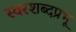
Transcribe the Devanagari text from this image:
स्वरशब्दप्रभू